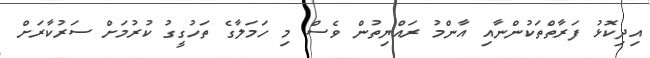
އިދިކޮޅު ފަރާތްތަކުންނާއި އާންމު ރައްޔިތުން ވެސް މި ހަމަލާގެ ތަހުގީގު ކުރުމަށް ސަރުކާރަށް